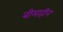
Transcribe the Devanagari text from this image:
बीमाहीन